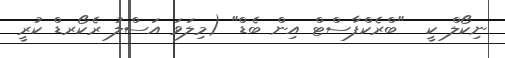
ނިކޯލް ކީ  "ބްރެކްފާސްޓް އިން ބެޑް" (މިލަވަ އަސްލު ރެކޯރޑް ކުރީ